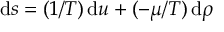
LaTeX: \mathrm { d } s = ( 1 / T ) \, \mathrm { d } u + ( - \mu / T ) \, \mathrm { d } \rho